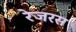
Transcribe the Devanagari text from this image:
रेजरस